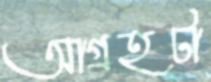
আগ্রহটা